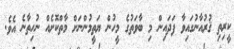
ކީރިތި ޤުރުއާނުގައިވާ ފަދައިން މި ބާވަތުގެ މީހުން ޔަތީމުންނަށް މާތްކޮށެއް ނުހިތާނެ އެވެ.